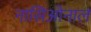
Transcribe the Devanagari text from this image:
नासिओनाल